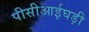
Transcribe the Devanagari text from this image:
पीसीआईघड़ी